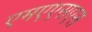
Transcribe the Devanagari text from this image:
एमएएसएस